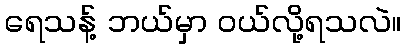
ရေသန့် ဘယ်မှာ ဝယ်လို့ရသလဲ။